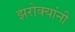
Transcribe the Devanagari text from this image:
झरोक्यांनी